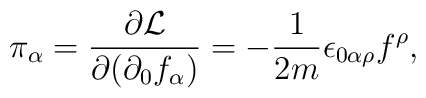
\pi_{\alpha}=\frac{\partial\mathcal{L}}{\partial(\partial_{0}f_{\alpha})}=-\frac{1}{2m}\epsilon_{0\alpha\rho}f^{\rho},